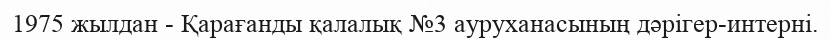
1975 жылдан - Қарағанды қалалық №3 ауруханасының дәрігер-интерні.